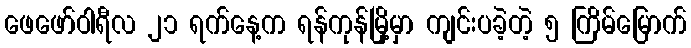
ဖေဖော်ဝါရီလ ၂၁ ရက်နေ့က ရန်ကုန်မြို့မှာ ကျင်းပခဲ့တဲ့ ၅ ကြိမ်မြောက်